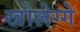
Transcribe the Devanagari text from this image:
खोलेग्गे